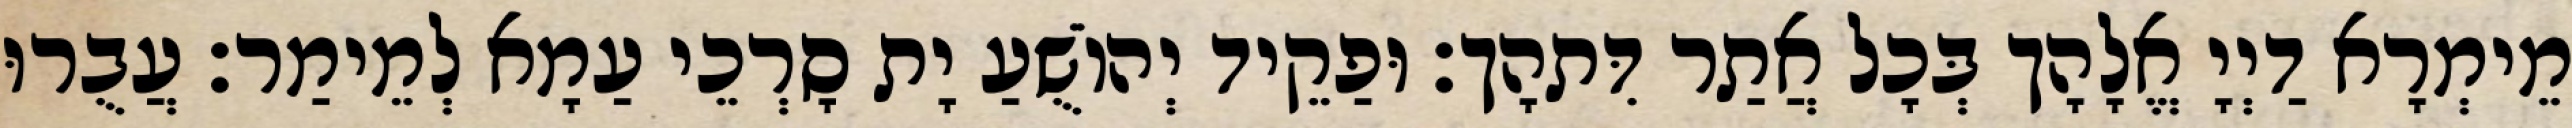
מֵימְרָא דַיְיָ אֱלָהָך בְּכָל אֲתַר דִּתהָך׃ וּפַקֵיד יְהוֹשֻׁעַ יָת סָרְכֵי עַמָא לְמֵימַר׃ עֲבֻרוּ